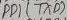
Text: PD1